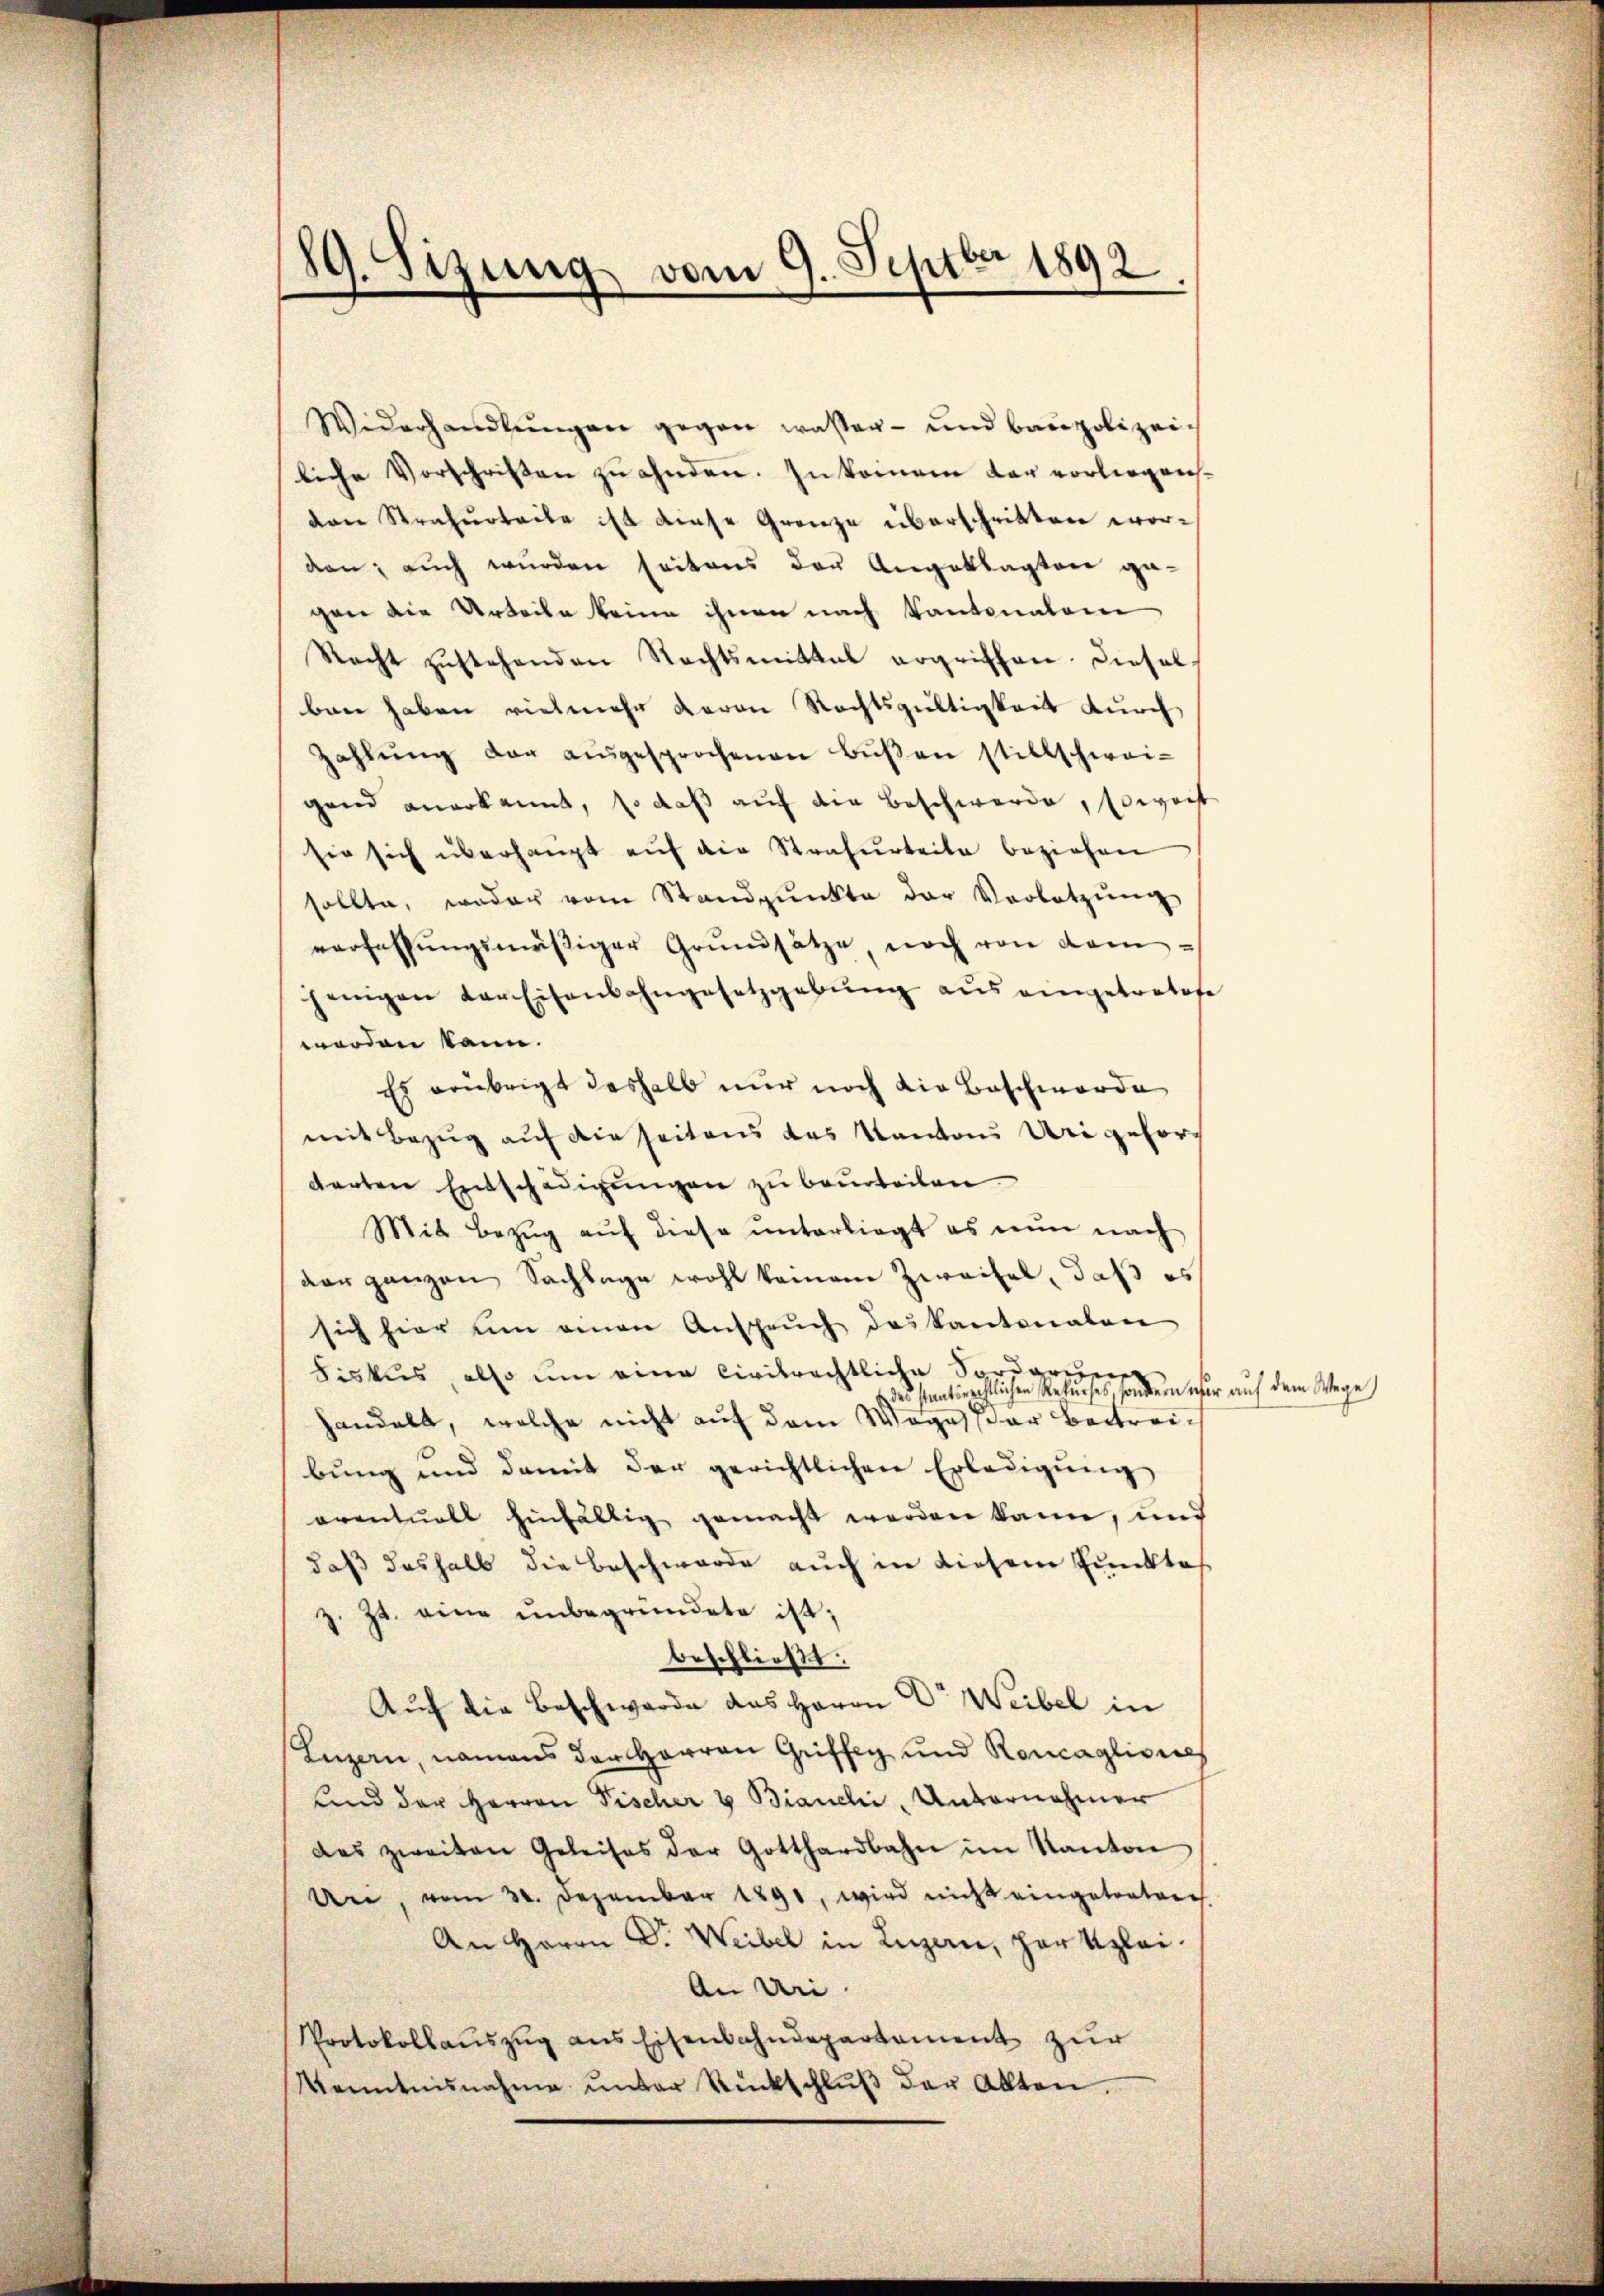
89. Sizung vom 9. Septbr 1892

Widerhandlŭngen gegen wasser- und baupolizeiliche Vorschriften zu ahnden. In kommen dar vorliegensvon Strafurteile ist diese Grenze überschritten worden; auch wurden seitens der Angeklagten ge-
gen die Urteile keine ihnen nach Kantonalen
Recht zŭstehenden Rechtsmittal ergriffen. Diesel
ben haben vielmehr davon Rechtsgültigkeit durch
Zahlŭng der ausgesprochenen Bŭβen stillschwei-
gend anerkannt, so daβ aŭf die Beschwerde, soweit
sie sich überhaupt auf die Strafurteile beziehen
sollte, weder vom Standpŭnkte der Verbotzŭng
verfassŭngsmäßiger Grŭndsätze, noch von demjenigen der Eisenbahngesetzgebŭng aus eingetratose
worden kann.
Es erübrigt deshalb nur noch die Beschwerde
mit Bezug auf die seitens das Kanton Uri gehördarten Entschädigŭngen zu beurteilen.
Mit Bezŭg aŭf diese unterliegt es nun nach
der ganzen Sachlage wohl keinem Zweifel, daß es
sich hier um einen Ansprŭch das kantonalen
Fiskus also um eine Civilrechtliche Sorderungs
des staatsrechtlichen Rekurses, sondern ebe
handelt, welche nicht auf dem Wege der Beitreibung und damit der gerichtlichen Erledigung
oventuell hinfältig gemacht werden kann, und
daß deshalb die Beschwerde auch in diesem Punktes
z. Zt. eine unbegründete ist;
beschließt:
Auf die Beschwerde das Herrn Dr Weibel in
Luzern, namens der Herren Griffig und Roncaglionales
und der Herren Fischer & Bianchi, Unternehmer
das zweiten Geleises der Gotthardbahn im Kanton
An, vom 30. Dezember 1891, wird nicht eingetreten
An Herrn Dr. Weibel in Luzern, par Klei¬
An Uri.
Protokollaŭszŭg ans Eisenbahndepartement zur
Kenntnisnahme ŭnter Rückschlŭβ der Alten.

r auf dem Wege